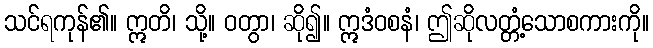
သင်ရကုန်၏။ ဣတိ၊ သို့။ ဝတွာ၊ ဆို၍။ ဣဒံဝစနံ၊ ဤဆိုလတ္တံ့သောစကားကို။